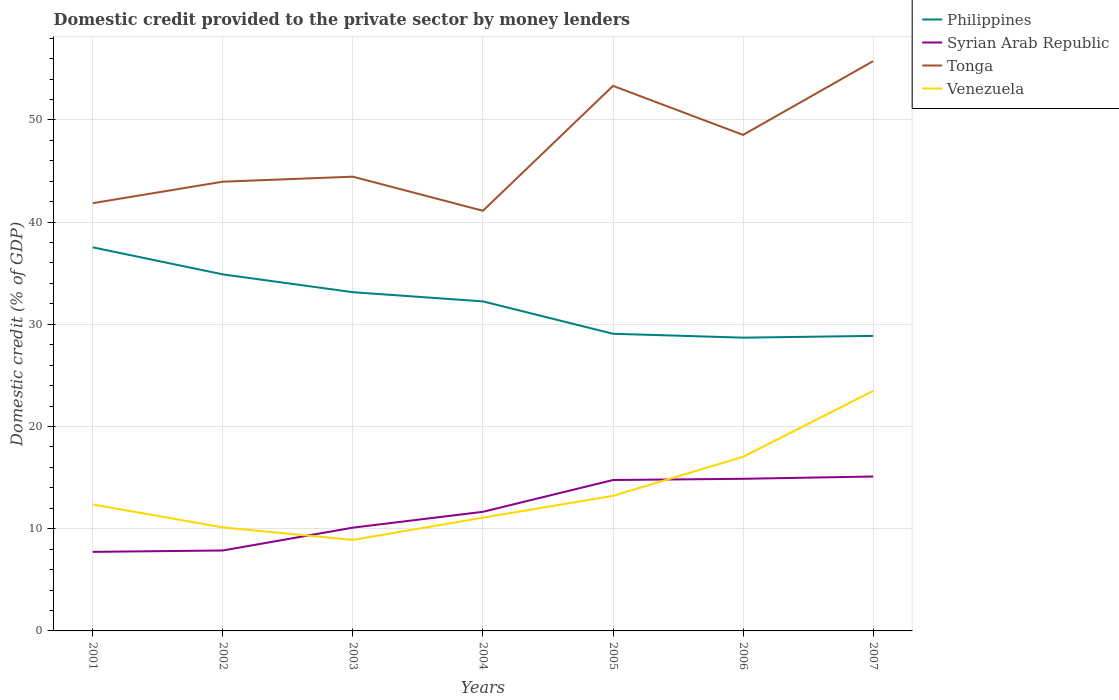
| Years | Philippines | Syrian Arab Republic | Tonga | Venezuela |
 | --- | --- | --- | --- | --- |
 | 2001 | 37.5 | 7.74 | 41.9 | 12.4 |
 | 2002 | 34.9 | 7.87 | 44 | 10.1 |
 | 2003 | 33.1 | 10.1 | 44.4 | 8.91 |
 | 2004 | 32.2 | 11.7 | 41.1 | 11.1 |
 | 2005 | 29.1 | 14.8 | 53.3 | 13.2 |
 | 2006 | 28.7 | 14.9 | 48.5 | 17 |
 | 2007 | 28.9 | 15.1 | 55.8 | 23.5 |